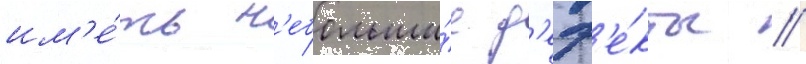
им'е́ть н'ебольши́е д'еф'е́кты /